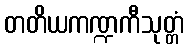
တတိယကဏ္ဍကီသုတ္တံ